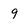
Character: 9